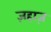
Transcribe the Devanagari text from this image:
ज़हाज़